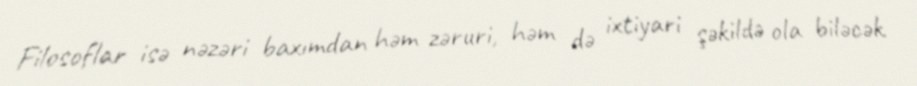
Filosoflar isə nəzəri baxımdan həm zəruri, həm də ixtiyari şəkildə ola biləcək